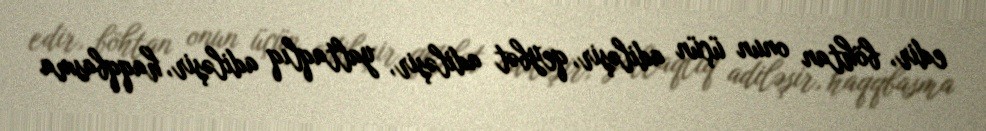
edir, böhtan onun üçün adiləşir, qeybət adiləşir, yaltaqlıq adiləşir, haqqbasma